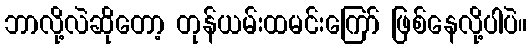
ဘာလို့လဲဆိုတော့ တုန်ယမ်းထမင်းကြော် ဖြစ်နေလို့ပါပဲ။